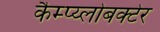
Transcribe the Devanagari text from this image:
कैम्प्य्लोबक्टेर